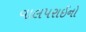
વાલપરાઈનો